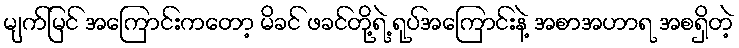
မျက်မြင် အကြောင်းကတော့ မိခင် ဖခင်တို့ရဲ့ ရုပ်အကြောင်းနဲ့ အစာအဟာရ အစရှိတဲ့